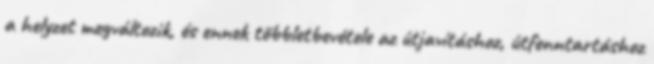
a helyzet megváltozik, és ennek többletbevétele az útjavításhoz, útfenntartáshoz